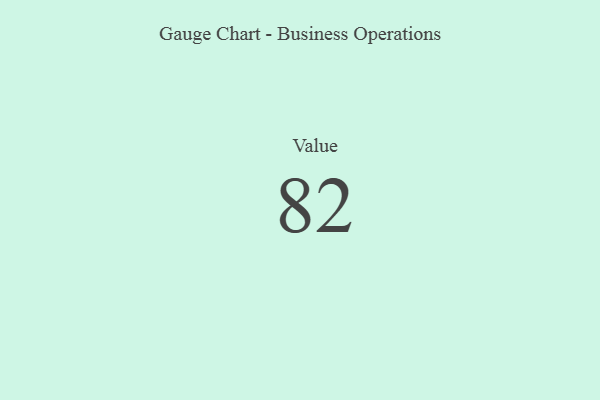
{"axis": {"x": "Metric", "y": "Value"}, "legend": [""], "data": [{"x": "Value", "y": 82, "type": ""}]}